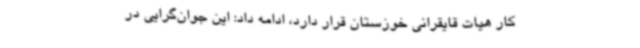
کار هیات قایقرانی خوزستان قرار دارد، ادامه داد: این جوان‌گرایی در